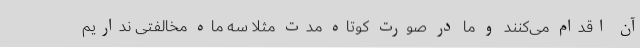
آن اقدام می‌کنند و ما در صورت کوتاه مدت مثلا سه ماه مخالفتی نداریم